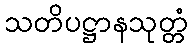
သတိပဋ္ဌာနသုတ္တံ